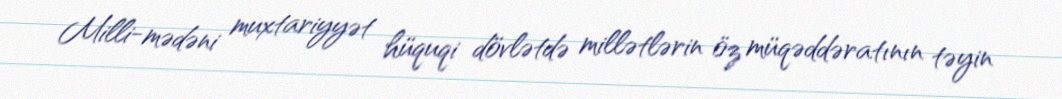
Milli-mədəni muxtariyyət hüquqi dövlətdə millətlərin öz müqəddəratının təyin